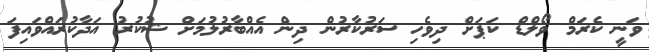
ވަނީ ކެރަމް ވޯލްޑް ކަޕަށް ދިވެހި ސަރުކާރުން ދިން އެއްބާރުލުމަށް ޝުކުރު އަދާކުރައްވައިފަ